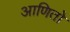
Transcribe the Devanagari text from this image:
आणितो